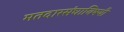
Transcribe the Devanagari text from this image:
मतदारसंघाविषयी